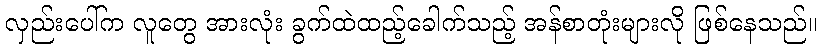
လှည်းပေါ်က လူတွေ အားလုံး ခွက်ထဲထည့်ခေါက်သည့် အန်စာတုံးများလို ဖြစ်နေသည်။